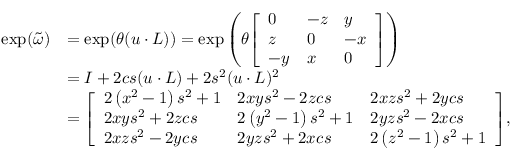
{ \begin{array} { r l } { \exp ( { \tilde { \boldsymbol { \omega } } } ) } & { = \exp ( \theta ( { \boldsymbol { u \cdot L } } ) ) = \exp \left( \theta { \left[ \begin{array} { l l l } { 0 } & { - z } & { y } \\ { z } & { 0 } & { - x } \\ { - y } & { x } & { 0 } \end{array} \right] } \right) } \\ & { = { \boldsymbol { I } } + 2 c s ( { \boldsymbol { u \cdot L } } ) + 2 s ^ { 2 } ( { \boldsymbol { u \cdot L } } ) ^ { 2 } } \\ & { = { \left[ \begin{array} { l l l } { 2 \left( x ^ { 2 } - 1 \right) s ^ { 2 } + 1 } & { 2 x y s ^ { 2 } - 2 z c s } & { 2 x z s ^ { 2 } + 2 y c s } \\ { 2 x y s ^ { 2 } + 2 z c s } & { 2 \left( y ^ { 2 } - 1 \right) s ^ { 2 } + 1 } & { 2 y z s ^ { 2 } - 2 x c s } \\ { 2 x z s ^ { 2 } - 2 y c s } & { 2 y z s ^ { 2 } + 2 x c s } & { 2 \left( z ^ { 2 } - 1 \right) s ^ { 2 } + 1 } \end{array} \right] } , } \end{array} }